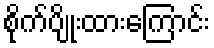
စိုက်ပျိုးထားကြောင်း